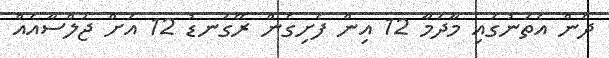
ދެން އެތަނުގައި މާދަމާ 12 އިން ފެށިގެން ރޭގަނޑު 12 އަށް ޖަލްސާއެއް